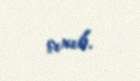
çıxıb.